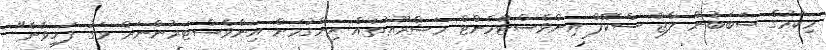
މިކަމުގެ ސަބަބުން ލާޖް ސްކޭލް އިންވެސްޓްމެންޓް މަޝްރޫޢުތައް ހިންގުމަށް އިންވެސްޓަރުންނަށް މަގު ފަހިވާނެ"